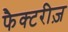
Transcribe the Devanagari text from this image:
फैक्टरीज़